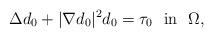
LaTeX: \begin{align*}\Delta d_0+|\nabla d_0|^2 d_0=\tau_0 \ \ {\rm{in}}\ \ \Omega,\end{align*}